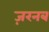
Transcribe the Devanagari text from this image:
ज़रनब